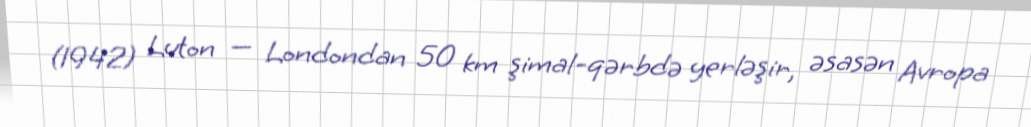
(1942) Luton — Londondan 50 km şimal-qərbdə yerləşir, əsasən Avropa